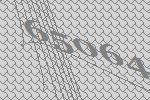
65064